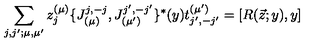
\sum _ { j , j ^ { \prime } ; \mu , \mu ^ { \prime } } z _ { j } ^ { ( \mu ) } \{ J _ { ( \mu ) } ^ { j , - j } , J _ { ( \mu ^ { \prime } ) } ^ { j ^ { \prime } , - j ^ { \prime } } \} ^ { * } ( y ) t _ { j ^ { \prime } , - j ^ { \prime } } ^ { ( \mu ^ { \prime } ) } = [ R ( \vec { z } ; y ) , y ]